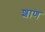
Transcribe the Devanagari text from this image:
शाण